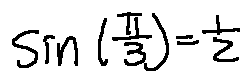
\sin ( \frac { \pi } { 3 } ) = \frac { 1 } { 2 }